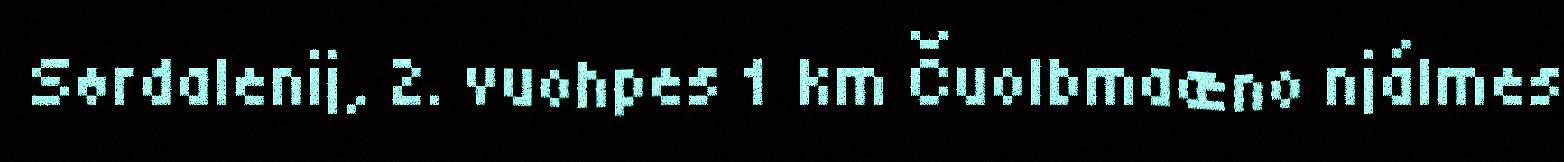
Sørdalenij, 2. vuohpes 1 km Čuolbmaæno njálmes